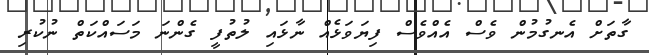
ގާތަށް އެނގުމުން ވެސް އެއްވެސް ފިޔަވަޅެއް ނާޅައި ލުތުފީ ގެންނަ މަސައްކަތް ނުކުރި